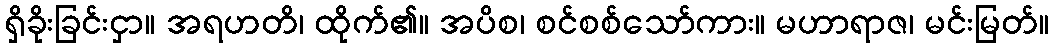
ရှိခိုးခြင်းငှာ။ အရဟတိ၊ ထိုက်၏။ အပိစ၊ စင်စစ်သော်ကား။ မဟာရာဇ၊ မင်းမြတ်။